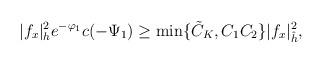
LaTeX: \begin{align*} |f_x|^2_h e^{-\varphi_1}c(-\Psi_1) \ge \min\{\tilde{C}_K,C_1C_2\}|f_x|^2_{\hat{h}}, \end{align*}